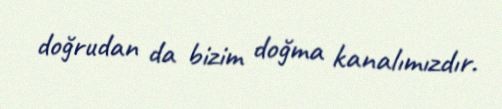
doğrudan da bizim doğma kanalımızdır.